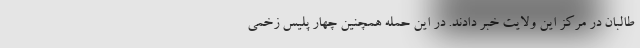
طالبان در مرکز این ولایت خبر دادند. در این حمله همچنین چهار پلیس زخمی